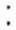
: